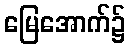
မြေအောက်၌